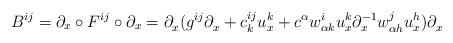
LaTeX: \begin{align*} B^{ij}=\partial_x\circ F^{ij}\circ \partial_x = \partial_x^{}(g^{ij}\partial_x^{} + c^{ij}_ku^k_x + c^\alpha w^i_{\alpha k}u^k_x\partial_x^{-1}w^j_{\alpha h}u^h_x)\partial_x^{}\end{align*}